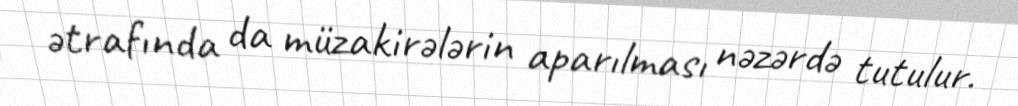
ətrafında da müzakirələrin aparılması nəzərdə tutulur.